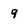
Character: 9